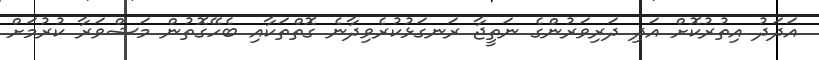
އަދަދު އިތުރުކޮށް އަދި ދަރިވަރުންގެ ނަތީޖާ ރަނގަޅުކުރެވިދާނެ ގޮތްތަކާއި ބެހޭގޮތުން މަޝްވަރާ ކުރުމަށް